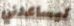
ليساعدني